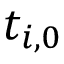
t _ { i , 0 }